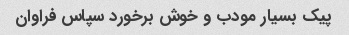
پیک بسیار مودب و خوش برخورد سپاس فراوان